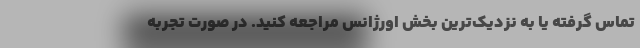
تماس گرفته یا به نزدیک‌ترین بخش اورژانس مراجعه کنید. در صورت تجربه